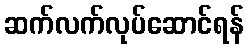
ဆက်လက်လုပ်ဆောင်ရန်